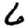
Digit: 6